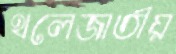
থলেজাতীয়